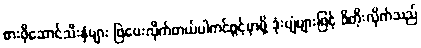
စားဖိုဆောင်သီးနှံများ ဖြဲပေးလိုက်တယ်ပါကင်ဖွင့်မှာမို့ ဒုံးပျံများဖြင့် ဖိတိုးလိုက်သည်